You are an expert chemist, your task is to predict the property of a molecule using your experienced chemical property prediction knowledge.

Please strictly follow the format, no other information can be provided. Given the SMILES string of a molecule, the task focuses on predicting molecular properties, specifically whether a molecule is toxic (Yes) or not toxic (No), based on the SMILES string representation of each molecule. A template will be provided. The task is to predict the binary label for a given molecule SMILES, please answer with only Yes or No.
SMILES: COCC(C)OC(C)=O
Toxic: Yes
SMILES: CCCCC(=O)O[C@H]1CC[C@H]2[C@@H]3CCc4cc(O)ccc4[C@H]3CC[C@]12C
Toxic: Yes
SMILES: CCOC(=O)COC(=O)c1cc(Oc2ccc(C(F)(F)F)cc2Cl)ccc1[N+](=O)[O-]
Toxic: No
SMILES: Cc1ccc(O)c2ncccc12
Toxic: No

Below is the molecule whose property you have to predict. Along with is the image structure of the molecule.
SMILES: Clc1ccc(COC(Cn2ccnc2)c2ccc(Cl)cc2Cl)cc1
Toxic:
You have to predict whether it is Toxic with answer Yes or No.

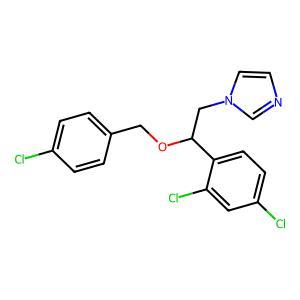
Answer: No